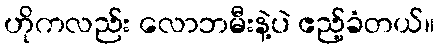
ဟိုကလည်း လောဘမီးနဲ့ပဲ ဧည့်ခံတယ်။